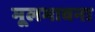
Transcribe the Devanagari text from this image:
मूलभावना